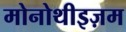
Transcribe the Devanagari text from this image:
मोनोथीइज़म